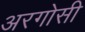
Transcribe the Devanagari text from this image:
अरगोसी